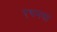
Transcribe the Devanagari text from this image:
एथनस